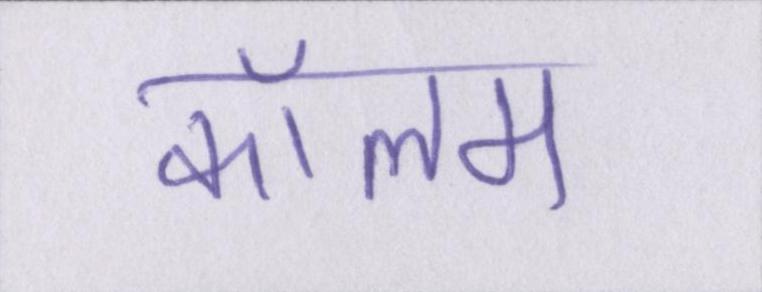
कॉलम